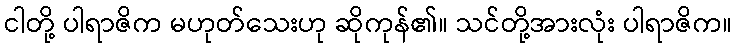
ငါတို့ ပါရာဇိက မဟုတ်သေးဟု ဆိုကုန်၏။ သင်တို့အားလုံး ပါရာဇိက။